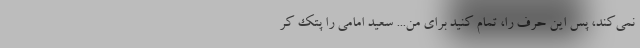
نمی‌کند، پس این حرف را، تمام کنید برای من... سعید امامی را پتک کر